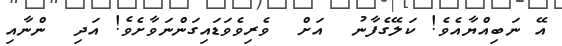
އޭ ނަބިއްޔާއެވެ! ކަލޭގެފާނު  އަށް  ވެރިވެވަޑައިގަންނަވާށެވެ! އަދި  ންނާއި